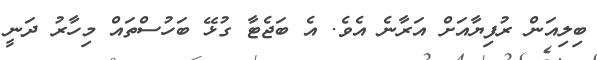
ބިލިއަން ރުފިޔާއަށް އަރާނެ އެެވެ. އެ ބަޖެޓާ ގުޅޭ ބަހުސްތައް މިހާރު ދަނީ